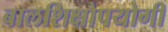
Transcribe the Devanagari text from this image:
बालशिक्षोपयोगी